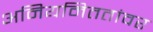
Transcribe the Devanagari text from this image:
अनियमिततांवर